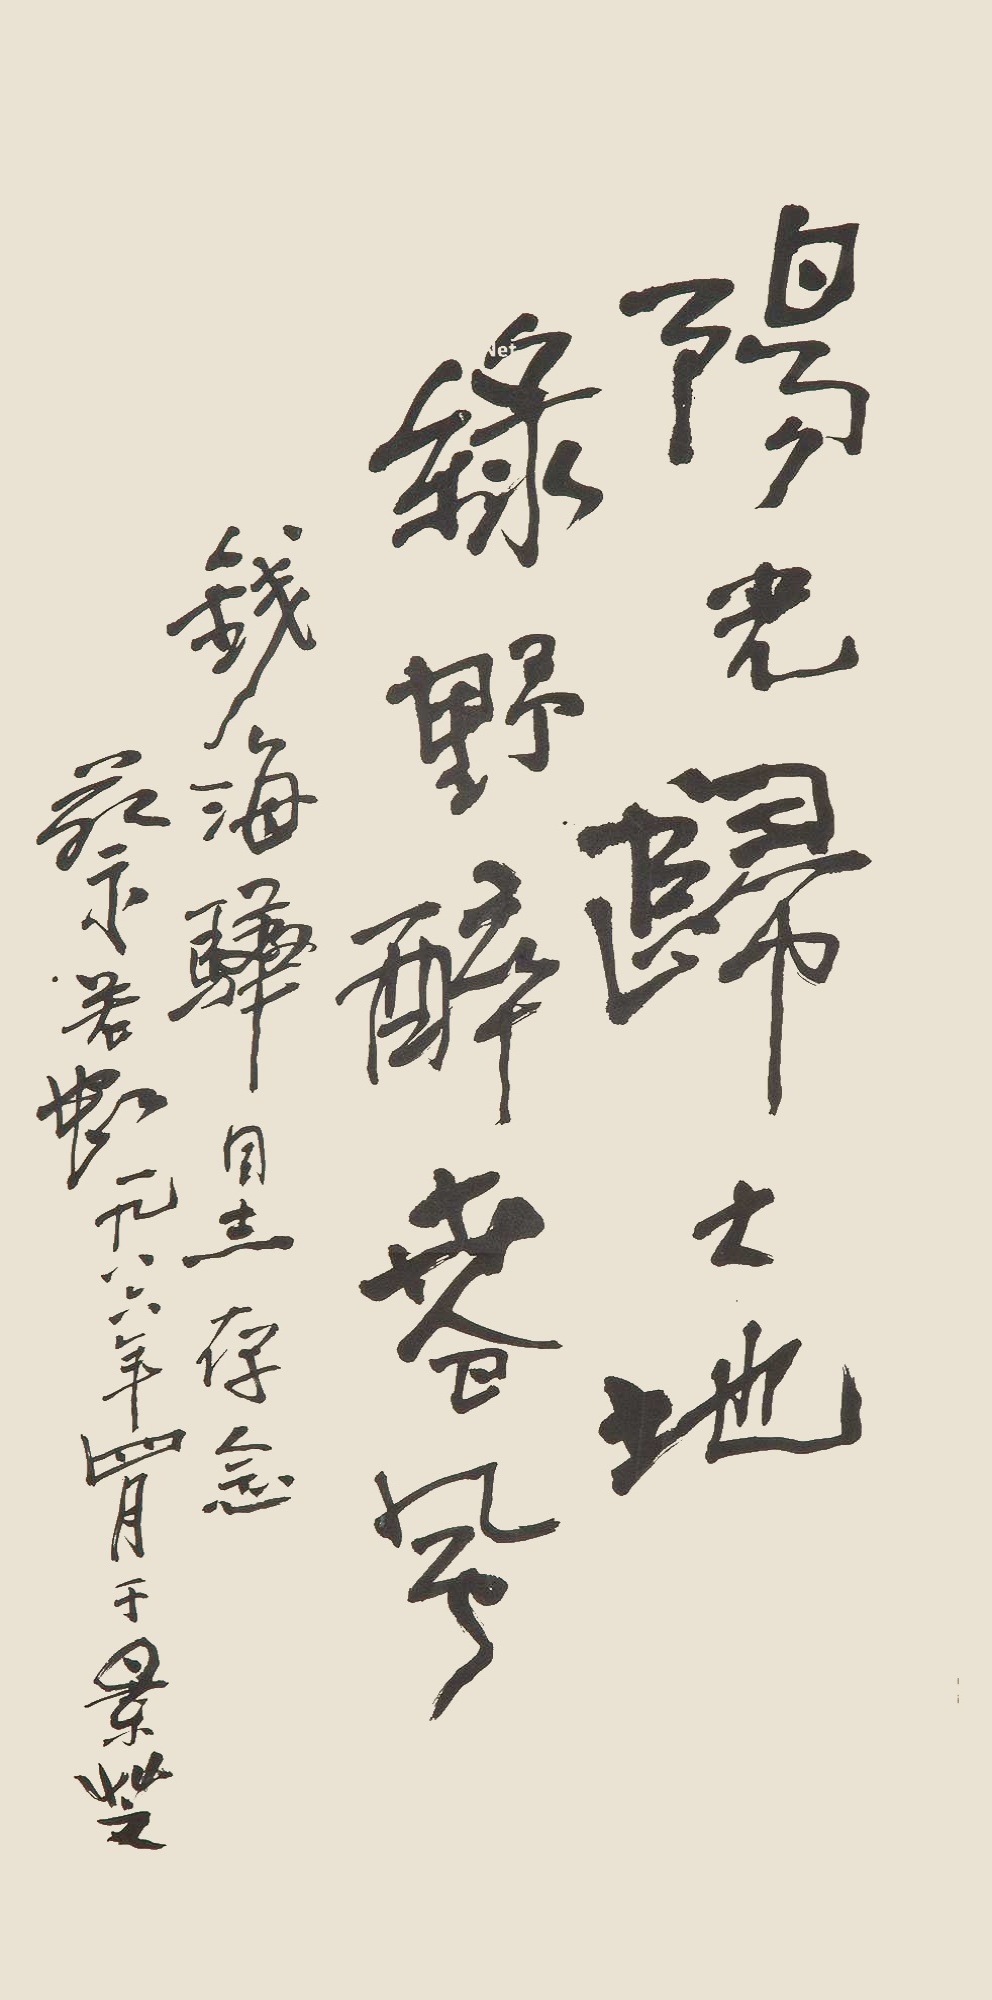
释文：阳光归土地，绿野醉春风。钱海骅同志存念，蔡若虹一九八六年四月于景芝。